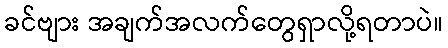
ခင်ဗျား အချက်အလက်တွေရှာလို့ရတာပဲ။